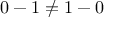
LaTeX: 0 - 1 \neq 1 - 0